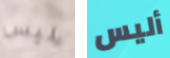
ليس أليس